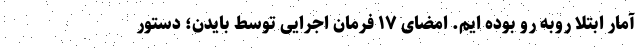
آمار ابتلا روبه رو بوده ایم. امضای ۱۷ فرمان اجرایی توسط بایدن؛ دستور